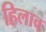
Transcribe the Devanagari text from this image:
हिलाव